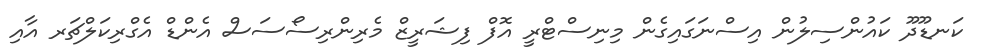
ކަނޑޫދޫ ކައުންސިލުން އިސްނަގައިގެން މިނިސްޓްރީ އޮފް ފިޝަރީޒް މެރިންރިސޯސަސް އެންޑް އެގްރިކަލްޗަރ އާއި